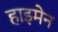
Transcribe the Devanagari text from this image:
हाइमेन